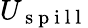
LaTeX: U_{\mathrm{~s~p~i~l~l~}}